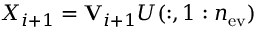
X _ { i + 1 } = \mathbf { V } _ { i + 1 } U ( : , 1 : n _ { \mathrm { e v } } )